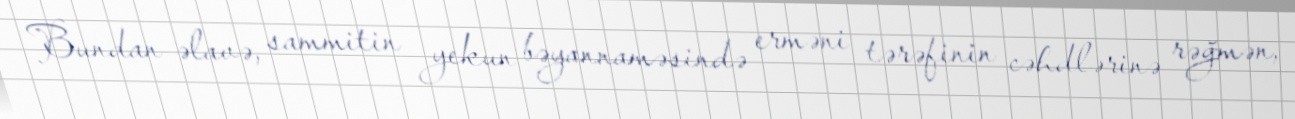
Bundan əlavə, sammitin yekun bəyannaməsində erməni tərəfinin cəhdlərinə rəğmən,